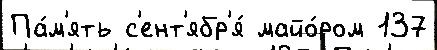
Па́м'ять с'ент'ябр'я́ майо́ром 137